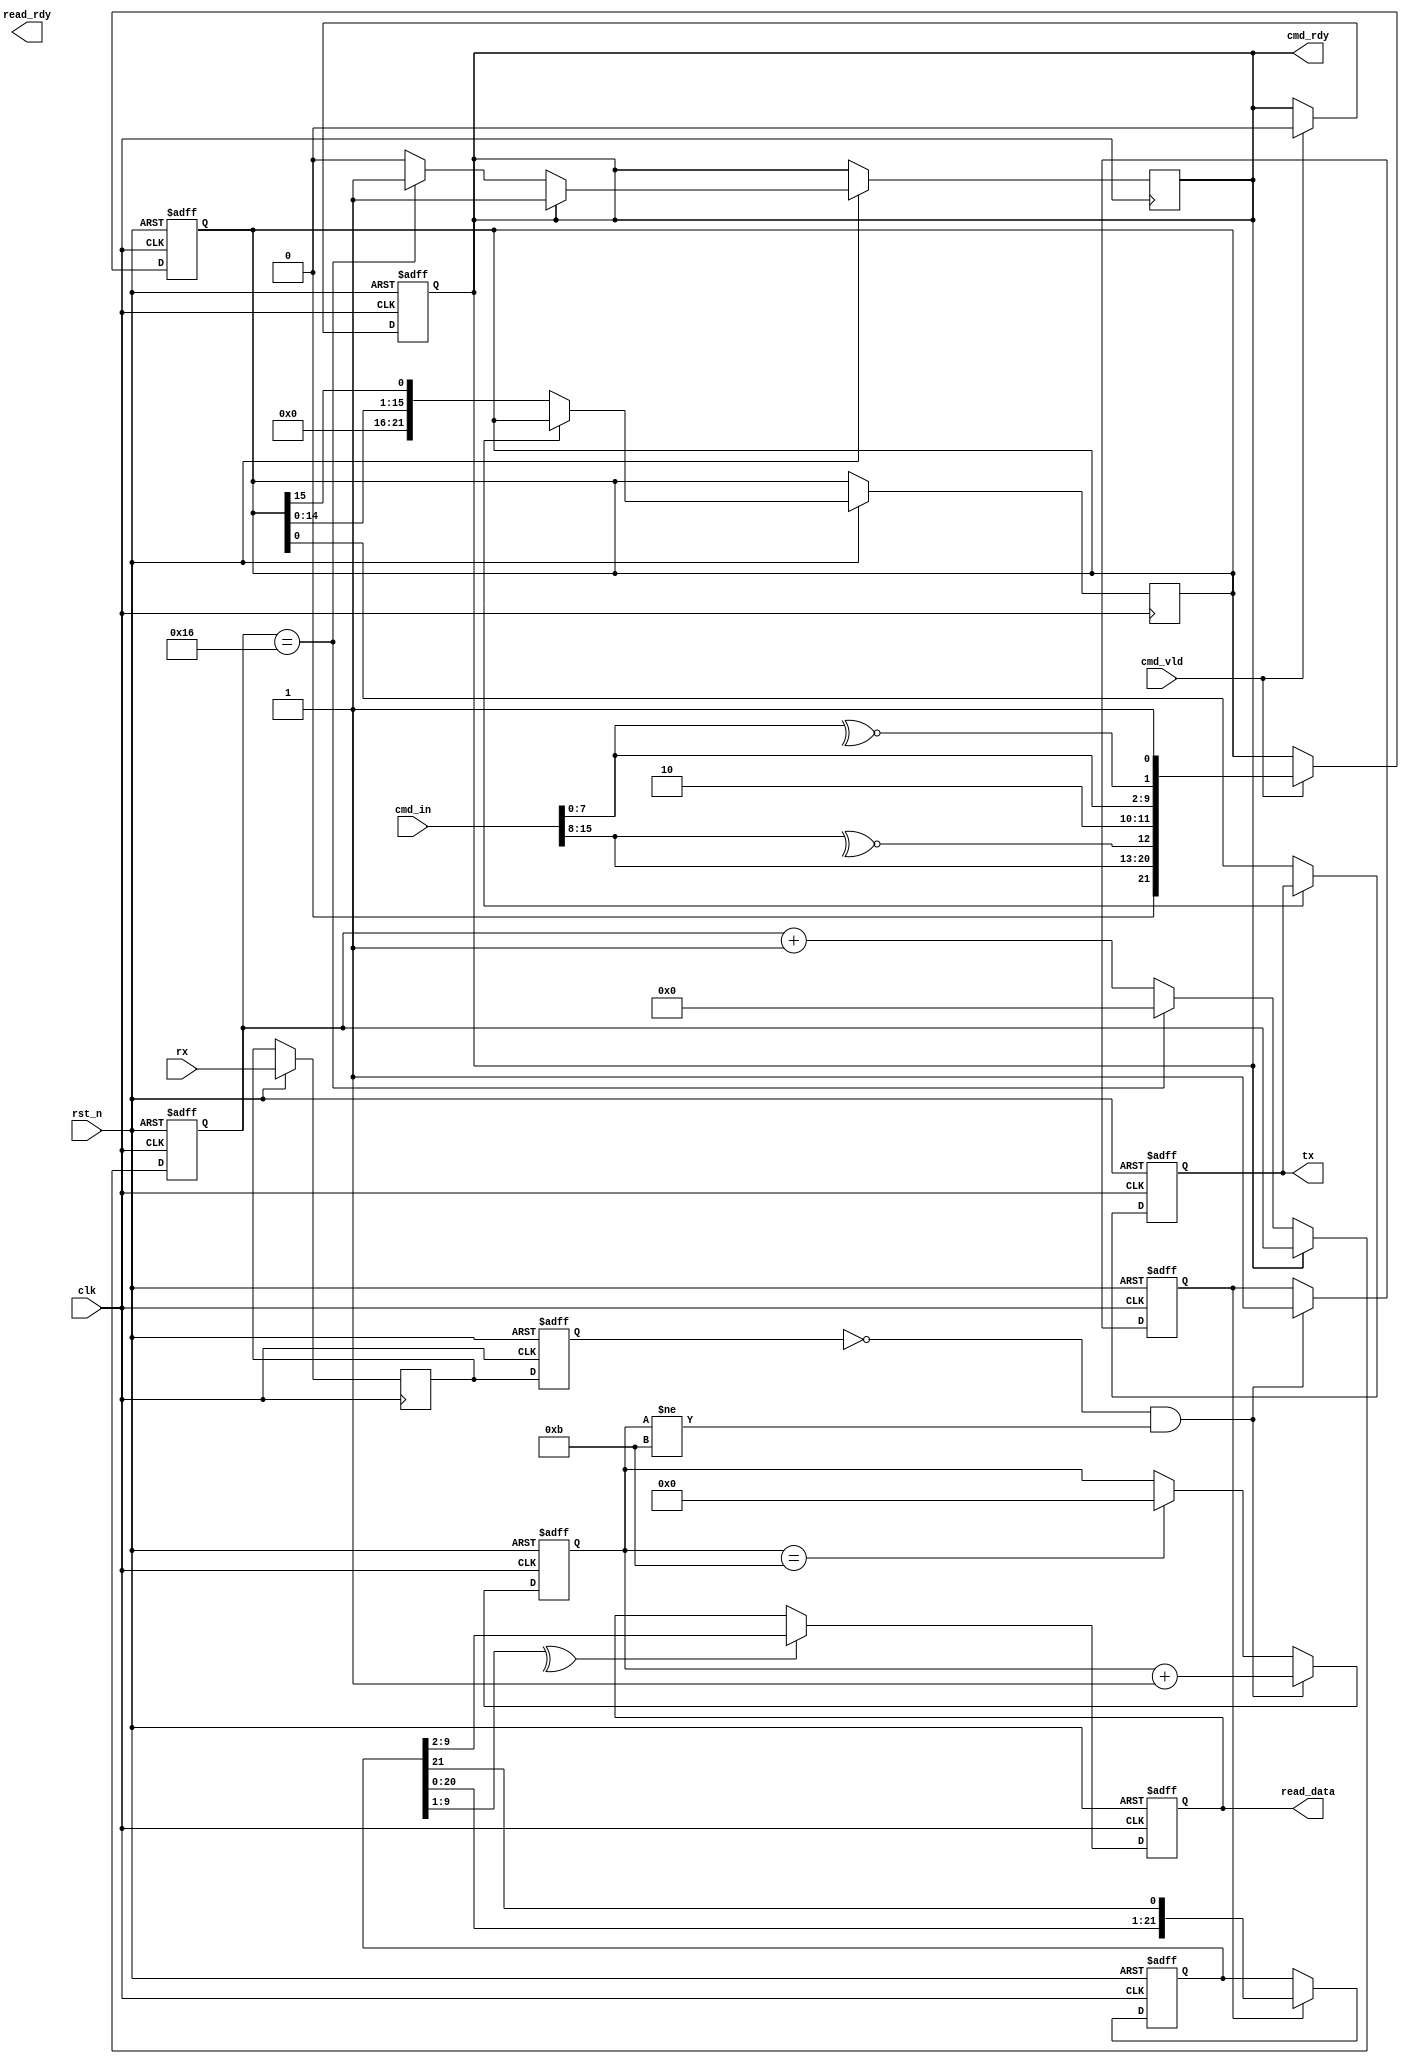
module uart (
    input clk,
    input rst_n,
    input [15:0] cmd_in,
    input cmd_vld,
    input rx,
    output reg tx,
    output reg read_rdy,
    output reg [7:0] read_data,
    output  cmd_rdy
);
    reg rx1;
    reg rx2;
    wire cb_nxt1;
    wire cb_nxt2;
    reg cb1;
    reg cb2;
    reg read_vld_temp;
    reg [21:0] tx_nxt;
    reg [21:0] rx_nxt;
    // 奇校验位
    assign cb_nxt1 = ~^cmd_in[7:0];
    assign cb_nxt2 = ~^cmd_in[15:8];
    always @(posedge clk or negedge rst_n) begin
        if(!rst_n)
        begin
            cb2 <= 1'b0;
            cb1 <= 1'b0;
        end
        else 
        begin
            cb2 <= cb_nxt2;
            cb1 <= cb_nxt1;
        end
    end
  
    //处理数据
   always @(posedge clk or negedge rst_n) begin
       if(!rst_n)
            tx_nxt <= 22'b0;
        else if(cmd_vld)
            tx_nxt <= {1'b0,cmd_in[15:8],cb_nxt2,1'b1,1'b0,cmd_in[7:0],cb_nxt1,1'b1};
   end
   //发送数据
   reg [4:0] count;
   reg cmd_ready_nxt;
   assign cmd_rdy = cmd_ready_nxt;
   always @(posedge clk or negedge rst_n) begin
       if(!rst_n)
        cmd_ready_nxt <= 1'b1;
        else if(cmd_vld)
        cmd_ready_nxt <= 1'b0;
   end

   always @(posedge clk or negedge rst_n) begin
       if(!rst_n)
        count <= 4'b0;
       else if(!cmd_rdy)
            begin
                if(count == 22)
                begin
                    cmd_ready_nxt <= 1'b1;
                    count <= 4'b0;
                end
             else
            count <= count + 1'b1;
        end
    end
    
   always @(posedge clk or negedge rst_n) begin
      if(!rst_n)
            tx <= 1'b1;
      else if(!com_rdy)
            begin
            tx_nxt <= {tx_nxt[14:0],tx_nxt[15]};
            tx <= tx_nxt;
            end
   end

//读数据
   always @(posedge clk or negedge rst_n) begin
        if(!rst_n)
            rx2 <= 1'b1;
        else 
            begin
            rx1 <= rx;
            rx2 <= rx1;
            end
   end
reg rx_temp;
reg [3:0] rx_count;
   always @(posedge clk or negedge rst_n ) begin
        if(!rst_n)
        begin
            rx_temp <= 1'b0;
            rx_count <= 4'b0;
        end
        else if(!rx2 && (rx_count != 11))
            begin
            rx_temp <= 1'b1;
            rx_count <= rx_count+1;
            end
        else if(rx_count ==11)
            rx_count <= 4'b0;
    end
    always @(posedge clk or negedge rst_n) begin
        if(!rst_n)
            rx_nxt <= 22'b0;
        else if(rx_temp)
            begin
            rx_nxt[21] <= rx2;
            rx_nxt <= {rx_nxt[20:0],rx_nxt[21]};
            end     
    end
    wire rbx1;
    wire rbx2;
    assign rbx1 = ^rx_nxt[20:12];
    assign rbx2 = ^rx_nxt[9:1];
    always @(posedge clk or negedge rst_n) begin
       if(!rst_n)
            read_data <= 8'b0;
        else if(rbx2)
            read_data <= rx_nxt[9:2];  
    end
endmodule